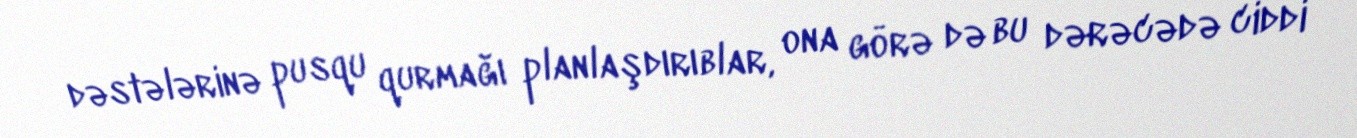
dəstələrinə pusqu qurmağı planlaşdırıblar, ona görə də bu dərəcədə ciddi